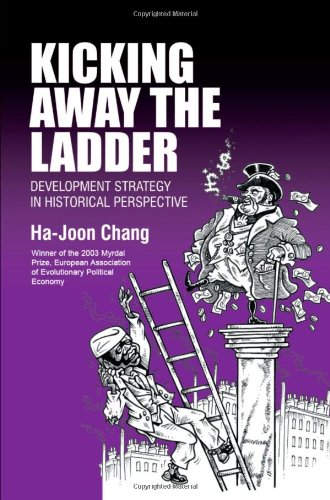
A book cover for Kicking Away the Ladder: Development Strategy in Historical Perspective; Ha-Joon Chang; Business & Money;